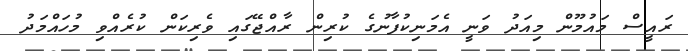
ރައީސް މައުމޫން މިއަދު ވަނީ އެމަނިކުފާނުގެ ކުރިން ރާއްޖޭގައި ވެރިކަން ކުރެއްވި މުހައްމަދު